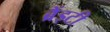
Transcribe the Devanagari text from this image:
ब्रैंड्टी